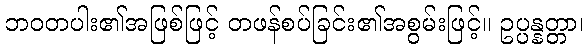
ဘဝတပါး၏အဖြစ်ဖြင့် တဖန်စပ်ခြင်း၏အစွမ်းဖြင့်။ ဥပ္ပန္နတ္တာ၊